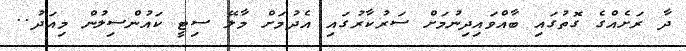
ދާ ރަށެއްގެ ގޮތުގައި ބާއްވައިދިނުމަށް ސަރުކާރުގައި އެދުމަށް މާލޭ ސިޓީ ކައުންސިލުން މިއަދު..